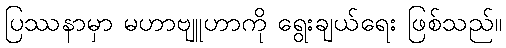
ပြဿနာမှာ မဟာဗျူဟာကို ရွေးချယ်ရေး ဖြစ်သည်။